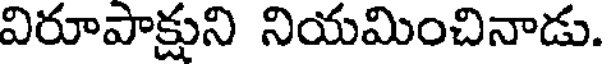
విరూపాక్షుని నియమించినాడు.